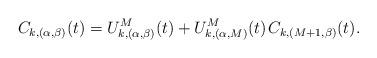
LaTeX: \begin{align*}C_{k,(\alpha,\beta)}(t) = U^M_{k,(\alpha,\beta)}(t) + U^M_{k,(\alpha,M)}(t) \kern+1pt C_{k,(M+1,\beta)}(t).\end{align*}